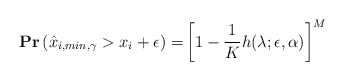
\begin{align*}\mathbf{Pr}\left(\hat{x}_{i,min,\gamma}> x_i + \epsilon\right) =& \left[1- \frac{1}{K}h(\lambda;\epsilon,\alpha)\right]^M\end{align*}